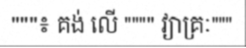
"""៖ គង់ លើ """" វ្យាគ្រៈ"""